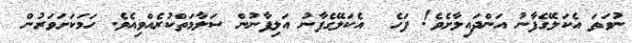
ނުވަތަ އެކަލޭގެފާނު އަންދައިލާށެވެ! ފަހެ  އެކަލޭގެފާނު އަލިފާނުން ސަލާމަތްކުރެއްވިއެވެ. ހަމަކަށަވަރުން